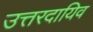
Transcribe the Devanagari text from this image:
उत्तरदायिव